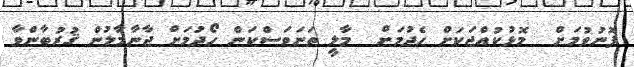
ފޮނުވުމަށް  މޮޅުކުއްޖަކަށް ހެދުމަށް  މާލީ ތަނަަވަސްކަން ހޯދުމަށް ޖާނާމާލުން ޤުރުބާންވާ